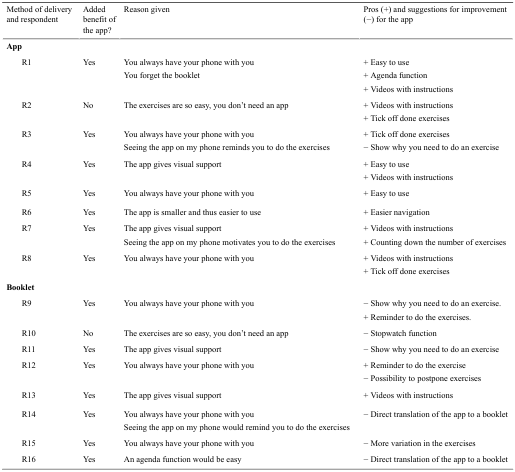
| <COLSPAN=2> Method of delivery and respondent | Added benefit of the app? | Reason given | Pros (+) and suggestions for improvement (−) for the app |
 | --- | --- | --- | --- | --- |
 | <COLSPAN=5> App |
 |  | R1 | Yes | You always have your phone with youYou forget the booklet | + Easy to use+ Agenda function+ Videos with instructions |
 |  | R2 | No | The exercises are so easy, you don’t need an app | + Videos with instructions+ Tick off done exercises |
 |  | R3 | Yes | You always have your phone with youSeeing the app on my phone reminds you to do the exercises | + Tick off done exercises− Show why you need to do an exercise |
 |  | R4 | Yes | The app gives visual support | + Easy to use+ Videos with instructions |
 |  | R5 | Yes | You always have your phone with you | + Easy to use |
 |  | R6 | Yes | The app is smaller and thus easier to use | + Easier navigation |
 |  | R7 | Yes | The app gives visual supportSeeing the app on my phone motivates you to do the exercises | + Videos with instructions+ Counting down the number of exercises |
 |  | R8 | Yes | You always have your phone with you | + Videos with instructions+ Tick off done exercises |
 | <COLSPAN=5> Booklet |
 |  | R9 | Yes | You always have your phone with you | − Show why you need to do an exercise.+ Reminder to do the exercises. |
 |  | R10 | No | The exercises are so easy, you don’t need an app | − Stopwatch function |
 |  | R11 | Yes | The app gives visual support | − Show why you need to do an exercise |
 |  | R12 | Yes | You always have your phone with you | + Reminder to do the exercise− Possibility to postpone exercises |
 |  | R13 | Yes | The app gives visual support | + Videos with instructions |
 |  | R14 | Yes | You always have your phone with youSeeing the app on my phone would remind you to do the exercises | − Direct translation of the app to a booklet |
 |  | R15 | Yes | You always have your phone with you | − More variation in the exercises |
 |  | R16 | Yes | An agenda function would be easy | − Direct translation of the app to a booklet |